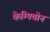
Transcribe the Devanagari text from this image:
केम्पियोन